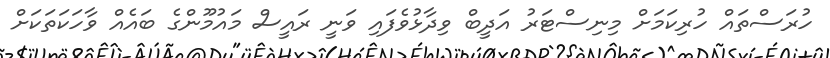
ހުރަސްތައް ހުރިކަމަށް މިނިސްޓަރު އަދީބް ވިދާޅުވެފައި ވަނީ ރައީސް މައުމޫންގެ ބައެއް ވާހަކަތަކަށް